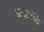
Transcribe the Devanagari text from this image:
अनक्रांति